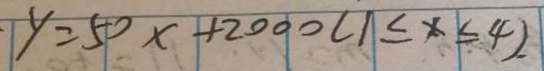
y = 5 0 x + 2 0 0 0 ( 1 \leq x \leq 4 ) .